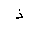
Letter: _thal